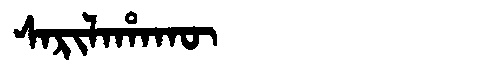
Manchu: ᠰᠠᡵᡳᠯᠠᡥᠠᡴᡡ
Romanization: SARILAHAKŪ